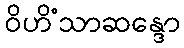
ဝိဟိံသာဆန္ဒော